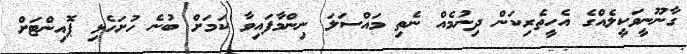
ގާނޫނީވަކީލެއްގެ އެހީތެރިކަން ދިނުމެއް ނެތި މައްސަލަ ނިންމާފައިވާ ކަމަށް ބުނެ ހުށަހެޅި ޕޮއިންޓަށް